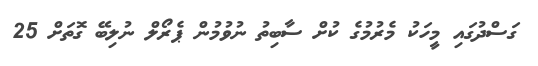
ގަސްދުގައި މީހަކު މެރުމުގެ ކުށް ސާބިތު ނުވުމުން ޕެރޯލް ނުލިބޭ ގޮތަށް 25